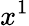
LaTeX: x^{1}